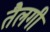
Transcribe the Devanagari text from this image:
तैलगी